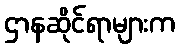
ဌာနဆိုင်ရာများက